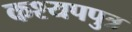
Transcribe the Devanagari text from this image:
कश्यपपुत्र